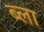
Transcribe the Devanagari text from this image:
ब्ला